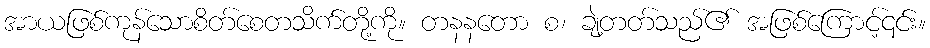
အာယဖြစ်ကုန်သောစိတ်စေတသိက်တို့ကို။ တနနတော စ၊ ချဲ့တတ်သည်၏ အဖြစ်ကြောင့်၎င်း။